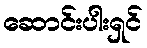
ဆောင်းပါးရှင်